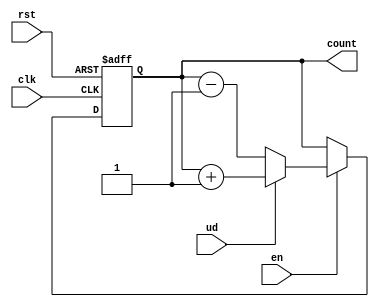
module UpDownCounter (
    input wire clk,        // Clock signal
    input wire rst,        // Asynchronous reset signal
    input wire ud,         // Up/Down control signal
    input wire en,         // Enable signal
    output reg [N-1:0] count // Counter output
);
    parameter N = 4; // Define the bit-width of the counter (e.g., 4 bits)

    // Asynchronous reset and counting logic
    always @(posedge clk or posedge rst) begin
        if (rst) begin
            count <= 0; // Reset counter to zero
        end else if (en) begin
            if (ud) begin
                // Count up
                count <= count + 1;
            end else begin
                // Count down
                count <= count - 1;
            end
        end
    end

endmodule